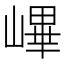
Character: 𡻞